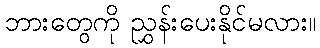
ဘားတွေကို ညွှန်းပေးနိုင်မလား။